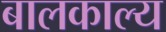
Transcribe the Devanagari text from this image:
बालकाल्य